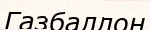
Газбаллон